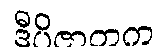
ဒီပိဇာတက